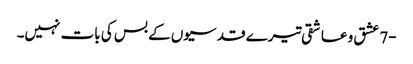
-7 عشق و عاشقی تیرے قدسیوں کے بس کی بات نہیں۔